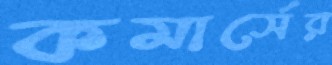
কমার্সের